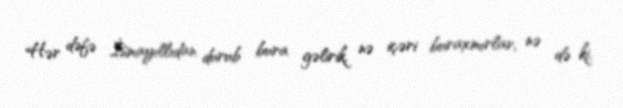
Hər dəfə İsmayıllıdan durub bura gəlirik, nə içəri buraxmırlar, nə də ki,